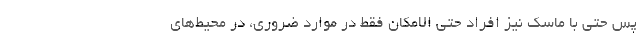
پس حتی با ماسک نیز افراد حتی الامکان فقط در موارد ضروری، در محیط‌های